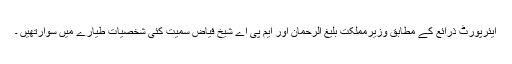
ایئرپورٹ ذرائع کے مطابق وزیرمملکت بلیغ الرحمان اور ایم پی اے شیخ فیاض سمیت کئی شخصیات طیارے میں سوارتھیں ۔